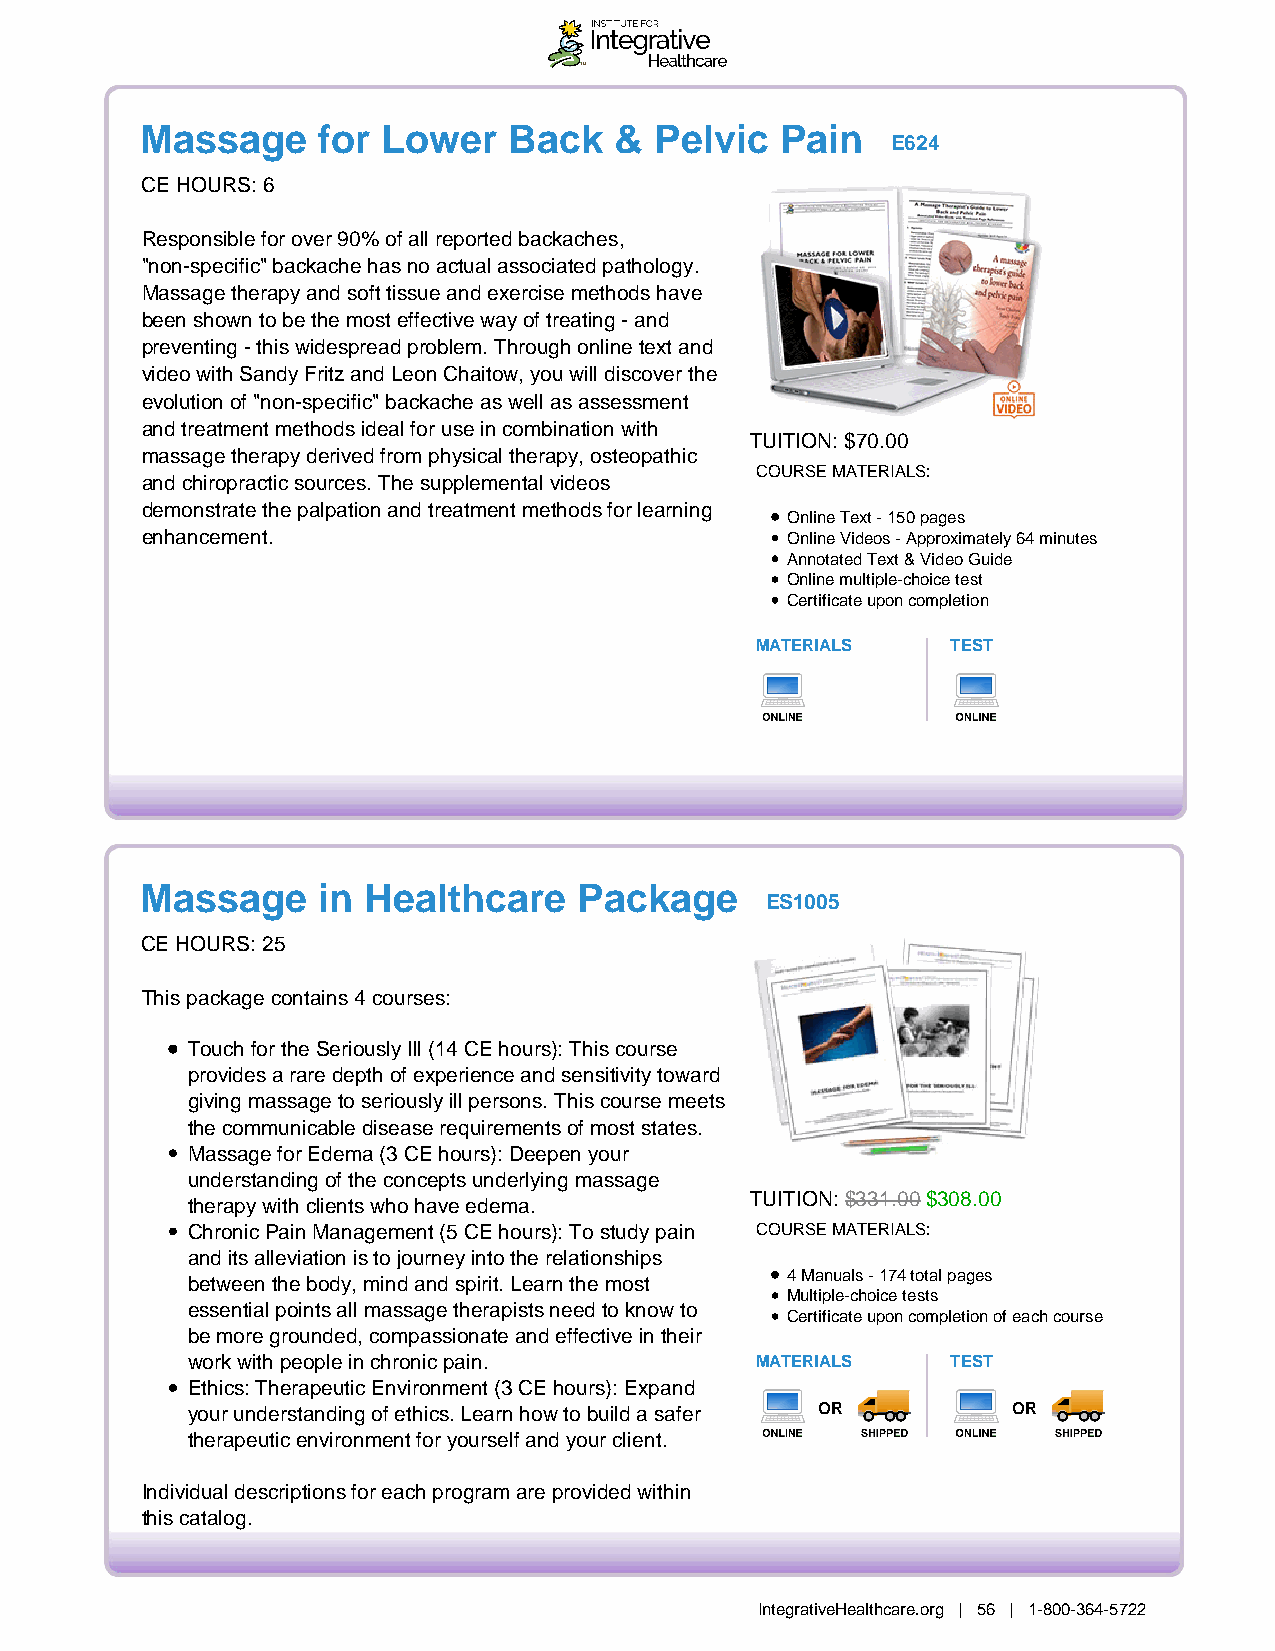
Massage     for Lower    Back   & Pelvic   Pain
 E624
 CE HOURS: 6
 Responsible for over 90% of all reported backaches,
 "non-specific" backache has no actual associated pathology.
 Massage therapy and soft tissue and exercise methods have
 been shown to be the most effective way of treating - and
 preventing - this widespread problem. Through online text and
 video with Sandy Fritz and Leon Chaitow, you will discover the
 evolution of "non-specific" backache as well as assessment
 and treatment methods ideal for use in combination with
 TUITION: $70.00
 massage therapy derived from physical therapy, osteopathic
 COURSE MATERIALS:
 and chiropractic sources. The supplemental videos
 demonstrate the palpation and treatment methods for learning
 Online Text - 150 pages
 enhancement.                               Online Videos - Approximately 64 minutes
 Annotated Text & Video Guide
 Online multiple-choice test
 Certificate upon completion
 MATERIALS    TEST
 Massage     in Healthcare    Package
 ES1005
 CE HOURS: 25
 This package contains 4 courses:
 Touch for the Seriously Ill (14 CE hours): This course
 provides a rare depth of experience and sensitivity toward
 giving massage to seriously ill persons. This course meets
 the communicable disease requirements of most states.
 Massage for Edema (3 CE hours): Deepen your
 understanding of the concepts underlying massage
 therapy with clients who have edema.  TUITION: $331.00 $308.00
 Chronic Pain Management (5 CE hours): To study pain COURSE MATERIALS:
 and its alleviation is to journey into the relationships
 4 Manuals - 174 total pages
 between the body, mind and spirit. Learn the most
 Multiple-choice tests
 essential points all massage therapists need to know to
 Certificate upon completion of each course
 be more grounded, compassionate and effective in their
 work with people in chronic pain.     MATERIALS    TEST
 Ethics: Therapeutic Environment (3 CE hours): Expand
 your understanding of ethics. Learn how to build a safer OR OR
 therapeutic environment for yourself and your client.
 Individual descriptions for each program are provided within
 this catalog.
 IntegrativeHealthcare.org | 56 | 1-800-364-5722